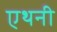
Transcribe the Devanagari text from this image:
एथनी